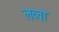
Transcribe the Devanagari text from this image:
लव्वा